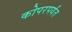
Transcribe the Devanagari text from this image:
कोपरपर्यंत